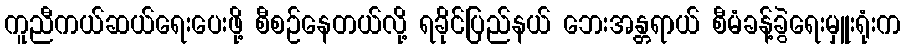
ကူညီကယ်ဆယ်ရေးပေးဖို့ စီစဉ်နေတယ်လို့ ရခိုင်ပြည်နယ် ဘေးအန္တရာယ် စီမံခန့်ခွဲရေးမှူးရုံးက